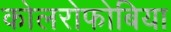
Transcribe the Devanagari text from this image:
कोलरोफोबिया